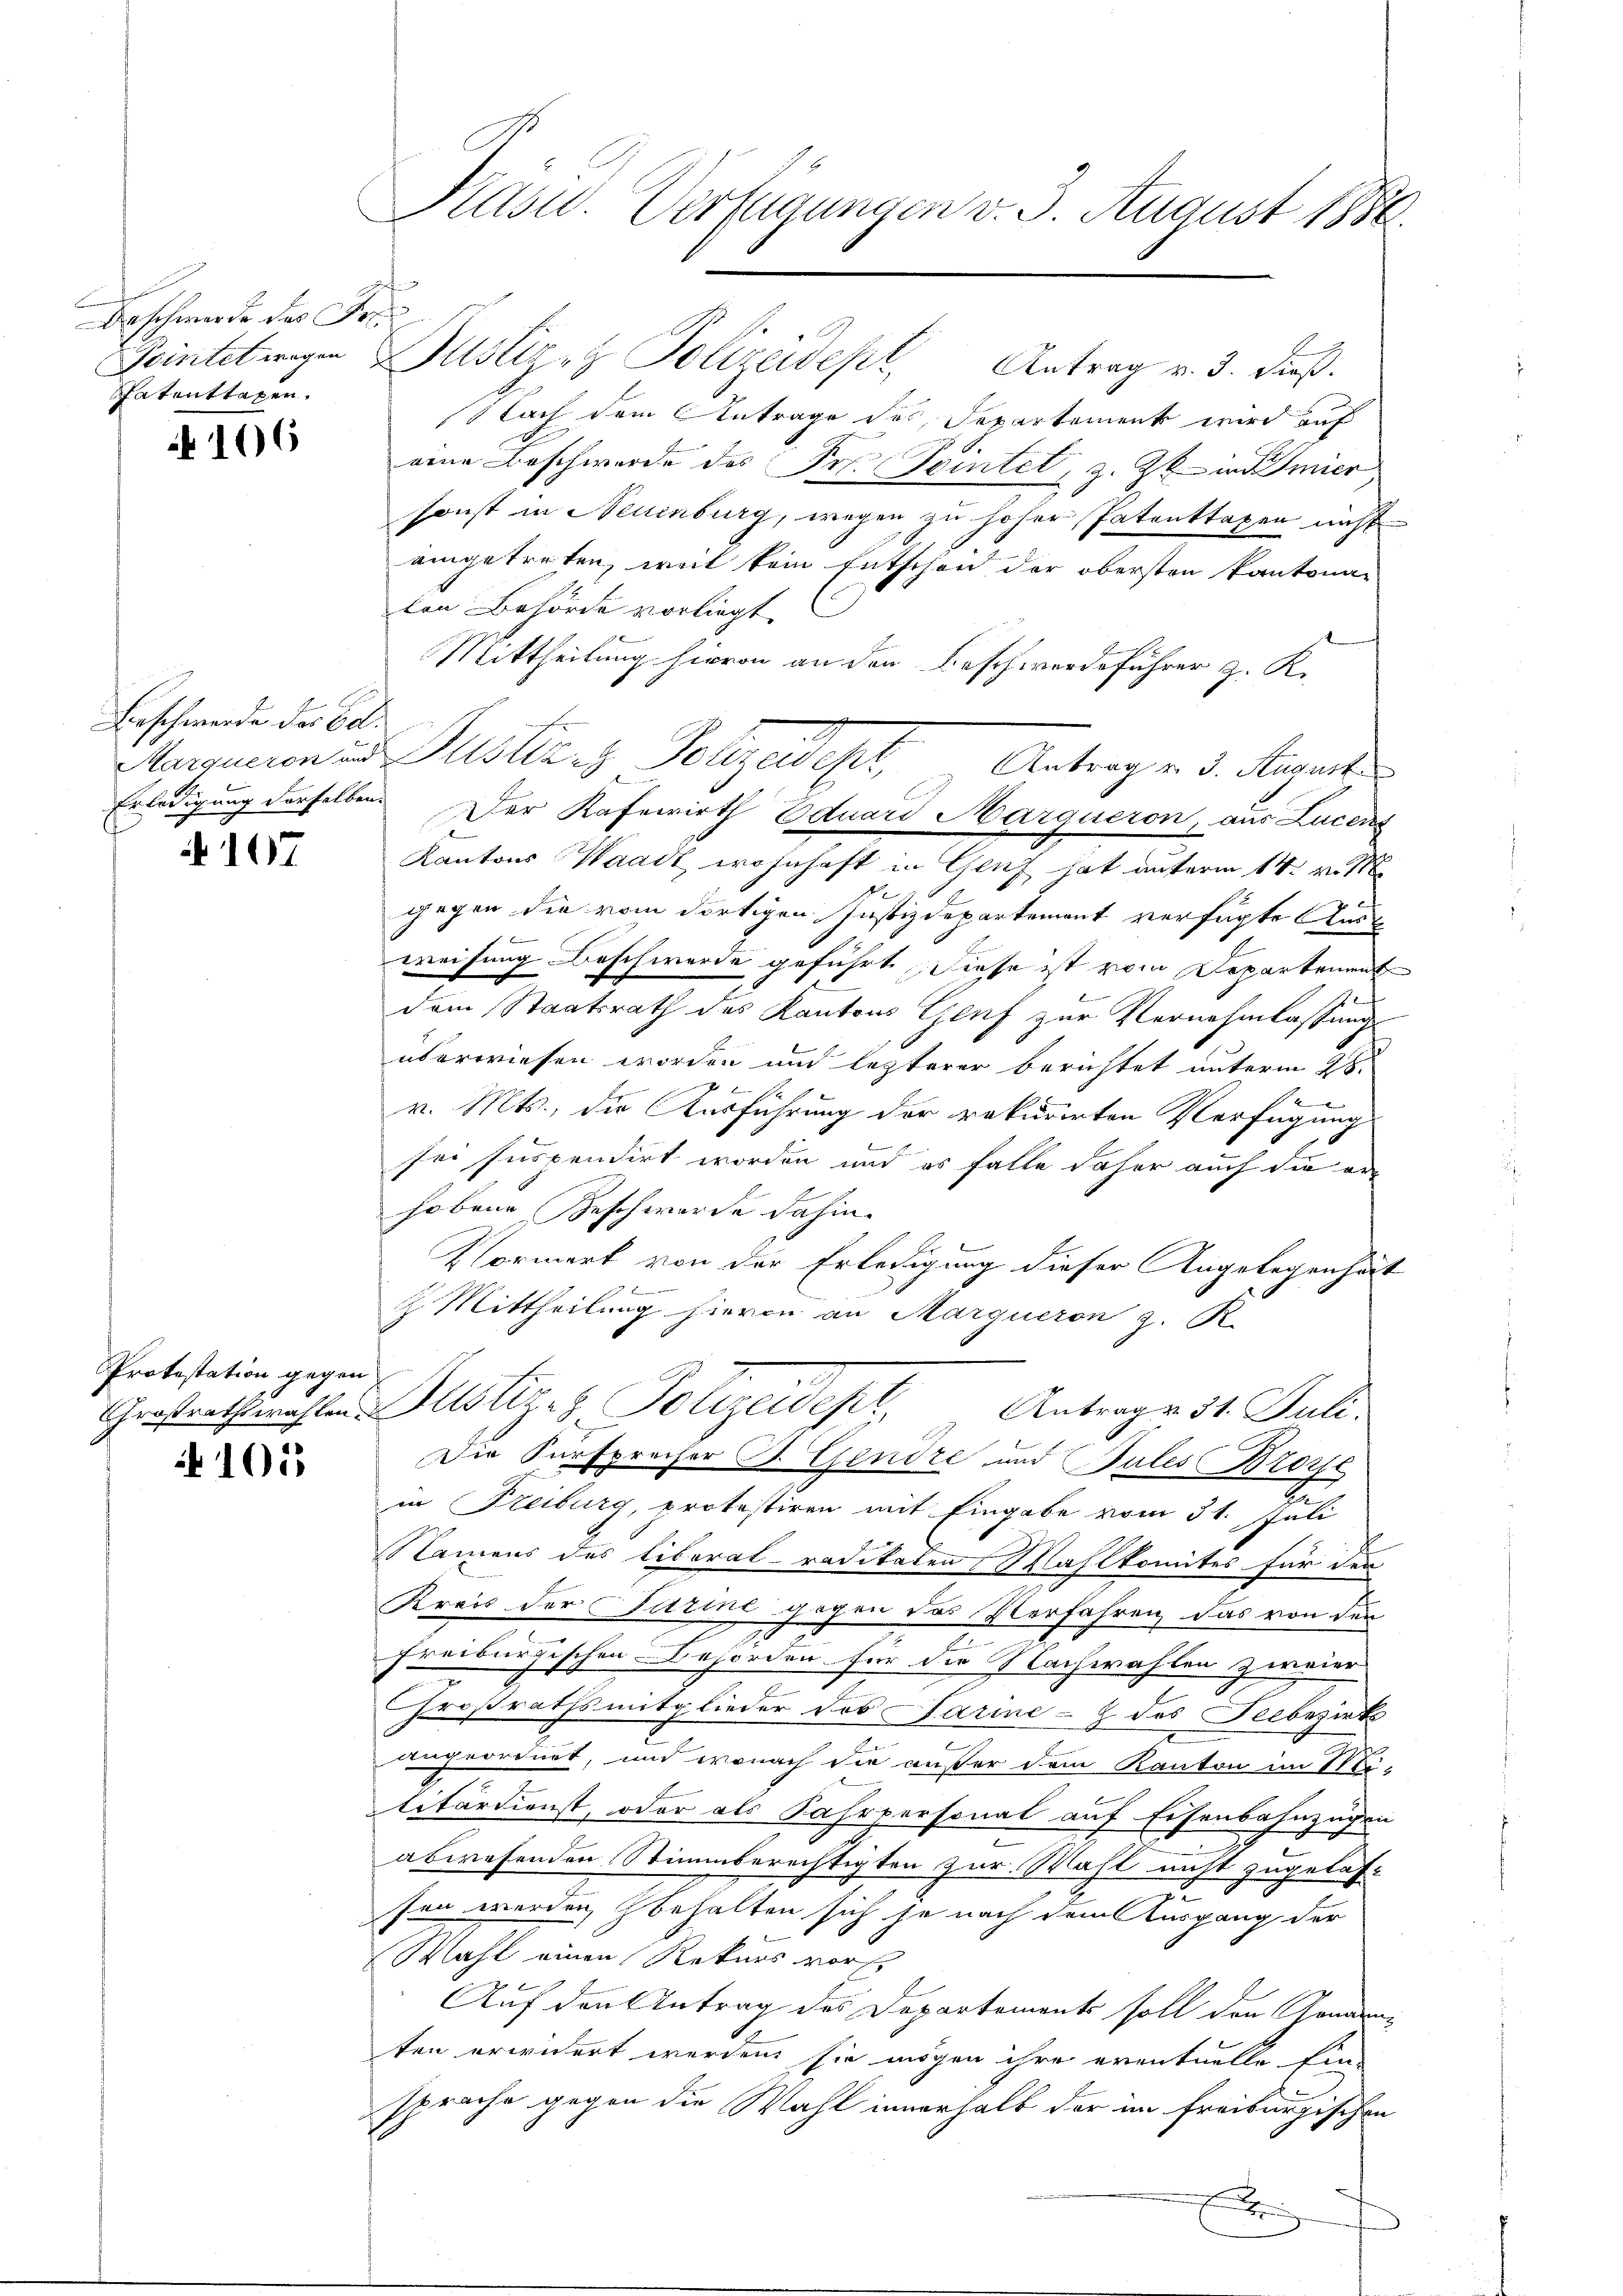
Beschwerde des Fre
hatenttagen.

N 106

Beschwerde der Ed.

107

Protestation gegen

1053

Pasw. Verfügungen v. 3. August 1880.

Teintelwegen Justiz & Polizeidept, Antrag v. 3. dieß.
Nach dem Antrage des Departement wird auf
eene Beschwerde des Pr. Peintel, z. Zt. in Amier
sonst in Neuenburg, wegen zu hoher Patenttaxen nicht
eingetreten, weil kein Entscheid der obersten kantonaten Behörde vorliegt.
Mittheilung hievon an den Beschwerdeführer z. K.
Kantons Waadt wohnhaft in Genf hat unterm 14. v. 18
gegen die vom dortigen Justizdepartement verfügte Ausweisung Beschwerde geführt diese ist vom Departement
10
dem Staatsrath des Kantons Genf zur Vernehmlassung
überwiesen worden und lezterer Berichtet unterm 28.
6
x
v. Mts., die Ausführung der rekurirten Verfügungs
x
sei suspendirt worden und es falle daher auch die erhobene Geschwerde dahin.
Vormerk von der Erledigung dieser Angelegenheit
2. Mittheilung hievon an Marqueron z. R.
Großrathswahlen Justiz- & Polizeidept
" Antrag v. 31. Juli.
Die Fürsprecher B. Gendre und Bules Brorse
.
in Freiburg, protestiren mit Eingabe vom 31. Juli
Namens des Liberal- radikaten Wahlkomites für der
Kreis der Turine gegen das Verfahren, das von der
Freiburgischen Behörden für die Nachwahlen zweier
Großrathsmitglieder des Parine-Z des Seebezirk
angeordnet, und wonach die außer dem Kanton im Sti-
litärdienst, oder als Fahrpersonat auf Eisenbahnzügen
abwesenden Stimmberechtigten zur Wahl nicht zugelas-
u
sen werden, behalten sich je nach dem Ausgang der
Wahl einen Rekurs vors
Auf den Antrag des Departements soll der Jonarni
ten erwidert werden sie mögen ihre eventuelle Ein-
sprache gegen die Wahl innerhalb der im Freiburgischen
x

Marzneien an Pusteres Polyedept, Antrag v. d. Mart
Erledigung derselben. Der Kafewirth Eduard Marqueron, aus Lucens